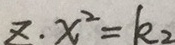
z \cdot x ^ { 2 } = k _ { 2 }